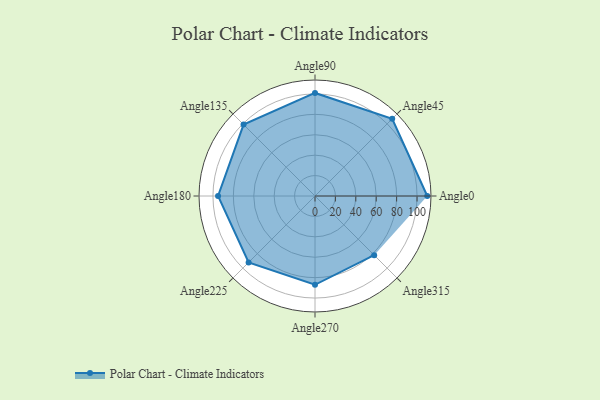
{"axis": {"x": "Angle", "y": "Radius"}, "legend": [""], "data": [{"x": "Angle0", "y": 110.0, "type": ""}, {"x": "Angle45", "y": 107.0, "type": ""}, {"x": "Angle90", "y": 101.0, "type": ""}, {"x": "Angle135", "y": 99.0, "type": ""}, {"x": "Angle180", "y": 95.0, "type": ""}, {"x": "Angle225", "y": 92.0, "type": ""}, {"x": "Angle270", "y": 87.0, "type": ""}, {"x": "Angle315", "y": 82.0, "type": ""}]}